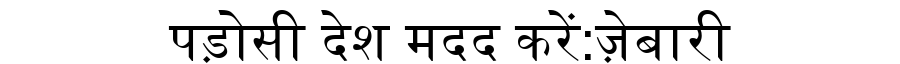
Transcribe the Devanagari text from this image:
पड़ोसी देश मदद करें:ज़ेबारी